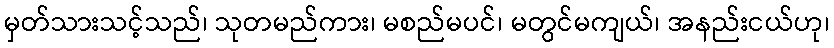
မှတ်သားသင့်သည်၊ သုတမည်ကား၊ မစည်မပင်၊ မတွင်မကျယ်၊ အနည်းငယ်ဟု၊